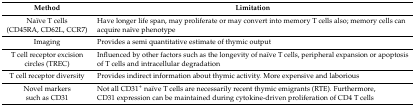
<table><thead><tr><td><b>Method</b></td><td><b>Limitation</b></td></tr></thead><tbody><tr><td>Naïve T cells (CD45RA, CD62L, CCR7)</td><td>Have longer life span, may proliferate or may convert into memory T cells also; memory cells can acquire naïve phenotype</td></tr><tr><td>Imaging</td><td>Provides a semi quantitative estimate of thymic output</td></tr><tr><td>T cell receptor excision circles (TREC)</td><td>Influenced by other factors such as the longevity of naïve T cells, peripheral expansion or apoptosis of T cells and intracellular degradation</td></tr><tr><td>T cell receptor diversity</td><td>Provides indirect information about thymic activity. More expensive and laborious</td></tr><tr><td>Novel markers such as CD31</td><td>Not all CD31<sup>+</sup> naïve T cells are necessarily recent thymic emigrants (RTE). Furthermore, CD31 expression can be maintained during cytokine-driven proliferation of CD4 T cells</td></tr></tbody></table>